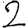
Digit: 2